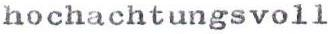
hochachtungsvoll